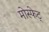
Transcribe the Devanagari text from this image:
मोस्फेट्